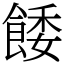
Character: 餧